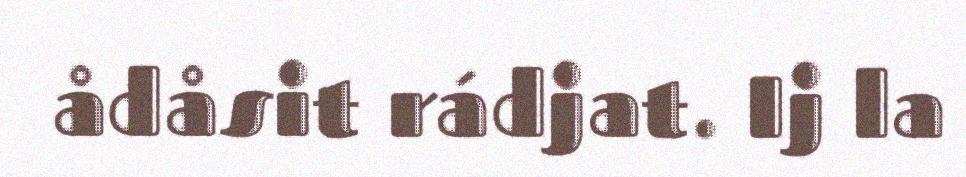
ådåsit rádjat. Ij la